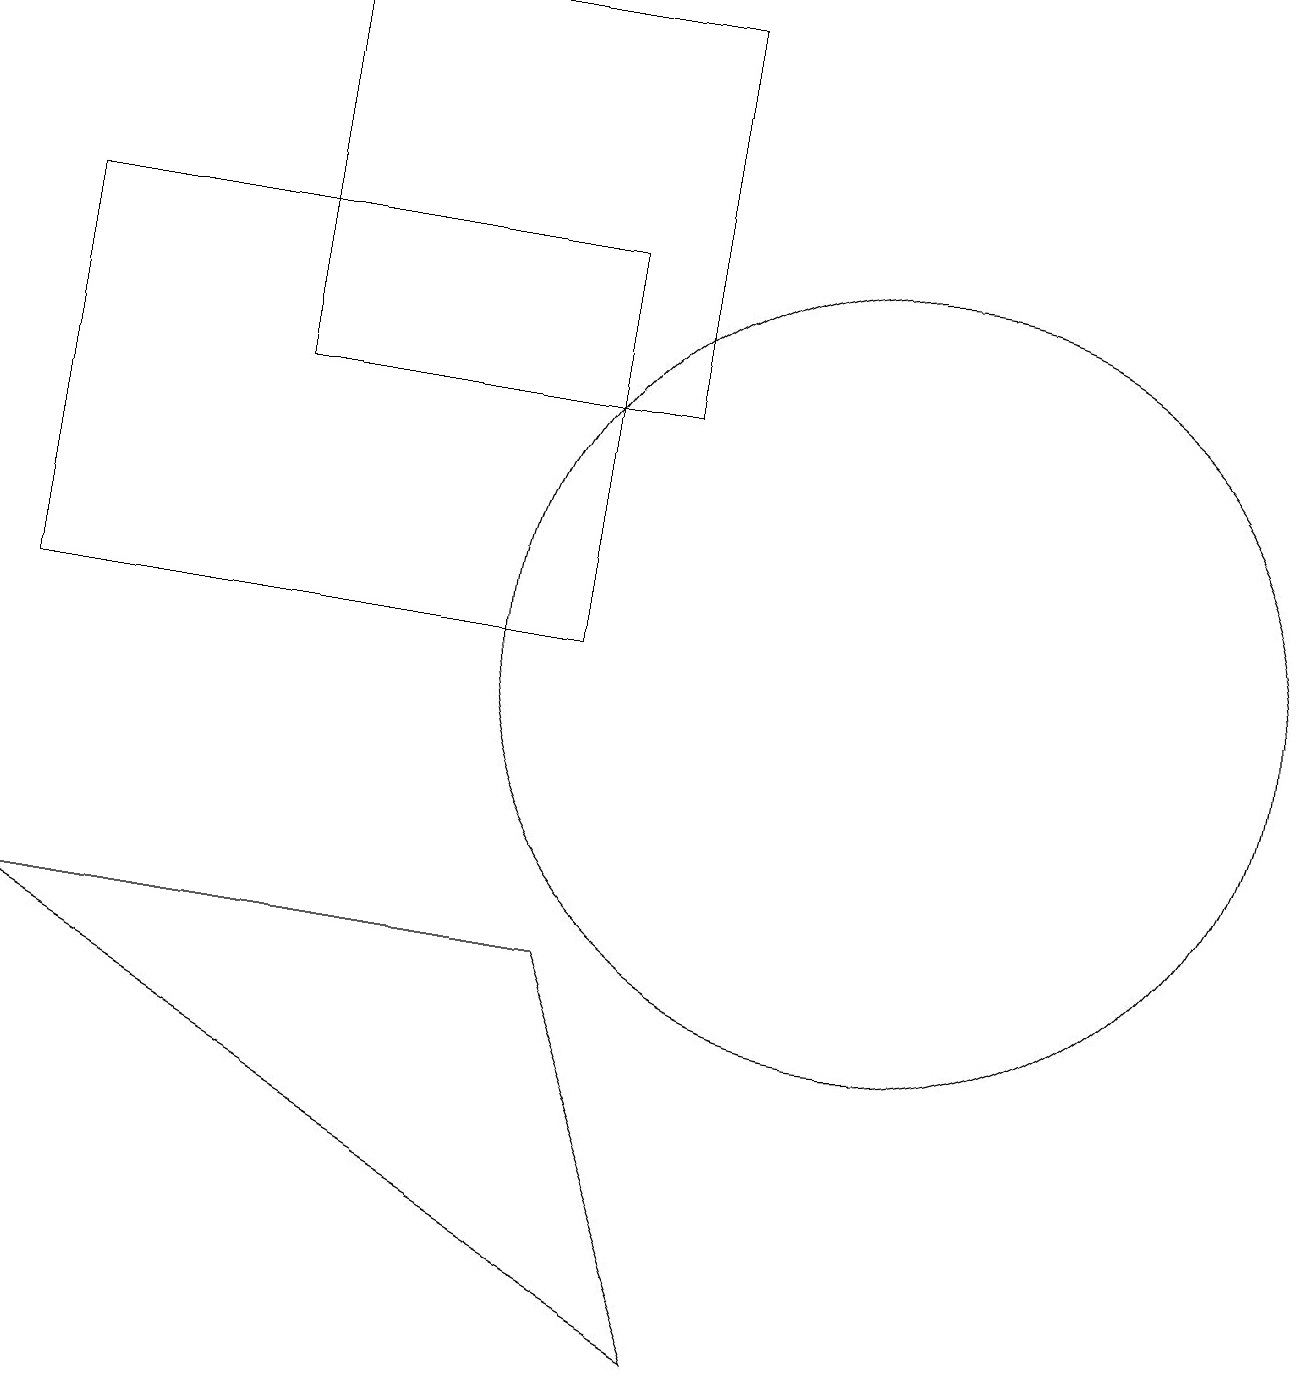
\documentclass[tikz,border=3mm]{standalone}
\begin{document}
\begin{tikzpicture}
\draw (8,14) rectangle (3,19);
\draw (11,11) circle (5);
\draw (0,11) rectangle (7,16);
\draw (7,7) -- (9,2) -- (0,7) -- cycle;
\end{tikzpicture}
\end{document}